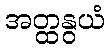
အတ္ထနွယံ